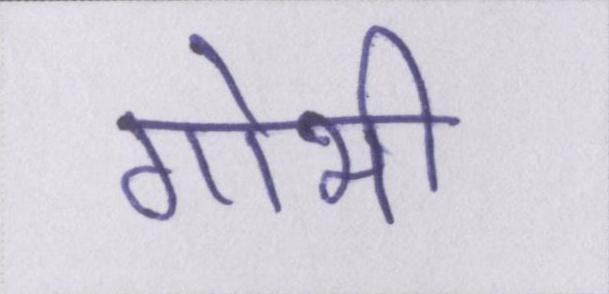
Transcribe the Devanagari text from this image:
गोभी